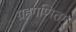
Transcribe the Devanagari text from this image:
ग्रहगणितम्